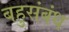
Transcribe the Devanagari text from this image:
बहुसंबंध